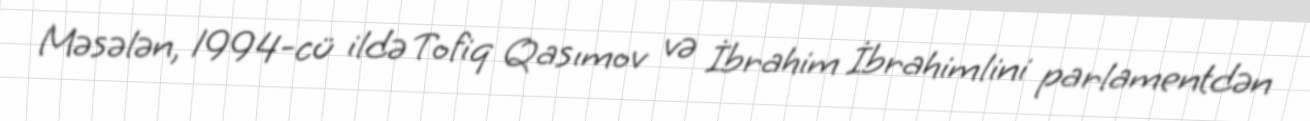
Məsələn, 1994-cü ildə Tofiq Qasımov və İbrahim İbrahimlini parlamentdən